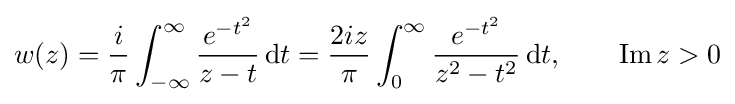
w(z)={\frac {i}{\pi }}\int _{-\infty }^{\infty }{\frac {e^{-t^{2}}}{z-t}}\,\mathrm {d} t={\frac {2iz}{\pi }}\int _{0}^{\infty }{\frac {e^{-t^{2}}}{z^{2}-t^{2}}}\,\mathrm {d} t,\qquad \operatorname {Im} z>0